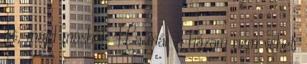
itt, majd máshol. Ha már a házam nem vehet